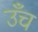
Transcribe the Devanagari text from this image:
उँच